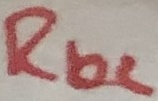
Text: Rb2